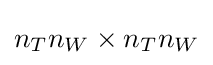
n_{T}n_{W}\times n_{T}n_{W}